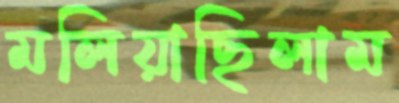
মলিয়াছিলাম